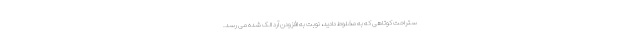
ستراحت کوتاهی که به مخلوط دادید، نوبت به افزودن آرد الک شده می رسد.